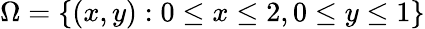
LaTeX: \Omega=\{ (x,y):0\leq x\leq 2,0\leq y\leq 1\}